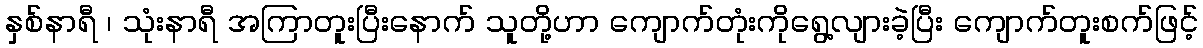
နှစ်နာရီ ၊ သုံးနာရီ အကြာတူးပြီးနောက် သူတို့ဟာ ကျောက်တုံးကိုရွေ့လျားခဲ့ပြီး ကျောက်တူးစက်ဖြင့်